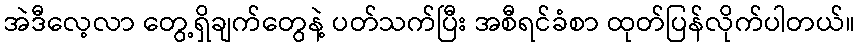
အဲဒီလေ့လာ တွေ့ရှိချက်တွေနဲ့ ပတ်သက်ပြီး အစီရင်ခံစာ ထုတ်ပြန်လိုက်ပါတယ်။